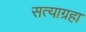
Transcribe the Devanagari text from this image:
सत्याग्रहा